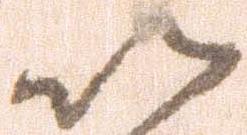
以